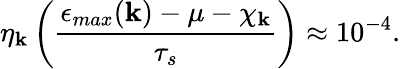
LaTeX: \eta_{\mathbf k}\left(\frac{\epsilon_{max}({\mathbf k})-\mu-\chi_{\mathbf k}}{\tau_{s}}\right)\approx 10^{-4}.